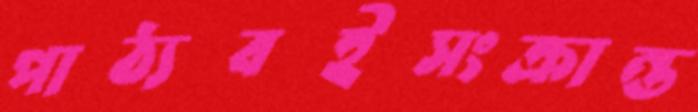
পাঠ্যবইসংক্রান্ত